Problem: 38 - 3 = ?
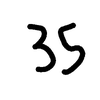
Handwritten answer: 33